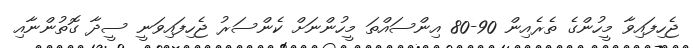
ޖެހިފައިވާ މީހުންގެ ތެރެއިން 90-80 އިންސައްތަ މީހުންނަށް ކެންސަރު ޖެހިފައިވަނީ ސީދާ ގޮތުންނާއި